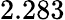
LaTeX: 2.283